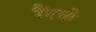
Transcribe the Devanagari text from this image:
रैंनचो